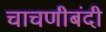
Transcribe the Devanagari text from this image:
चाचणीबंदी